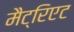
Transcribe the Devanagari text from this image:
मैट्रिएट